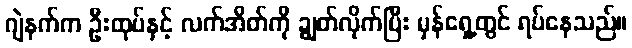
ဂျဲနက်က ဦးထုပ်နှင့် လက်အိတ်ကို ချွတ်လိုက်ပြီး မှန်ရှေ့တွင် ရပ်နေသည်။